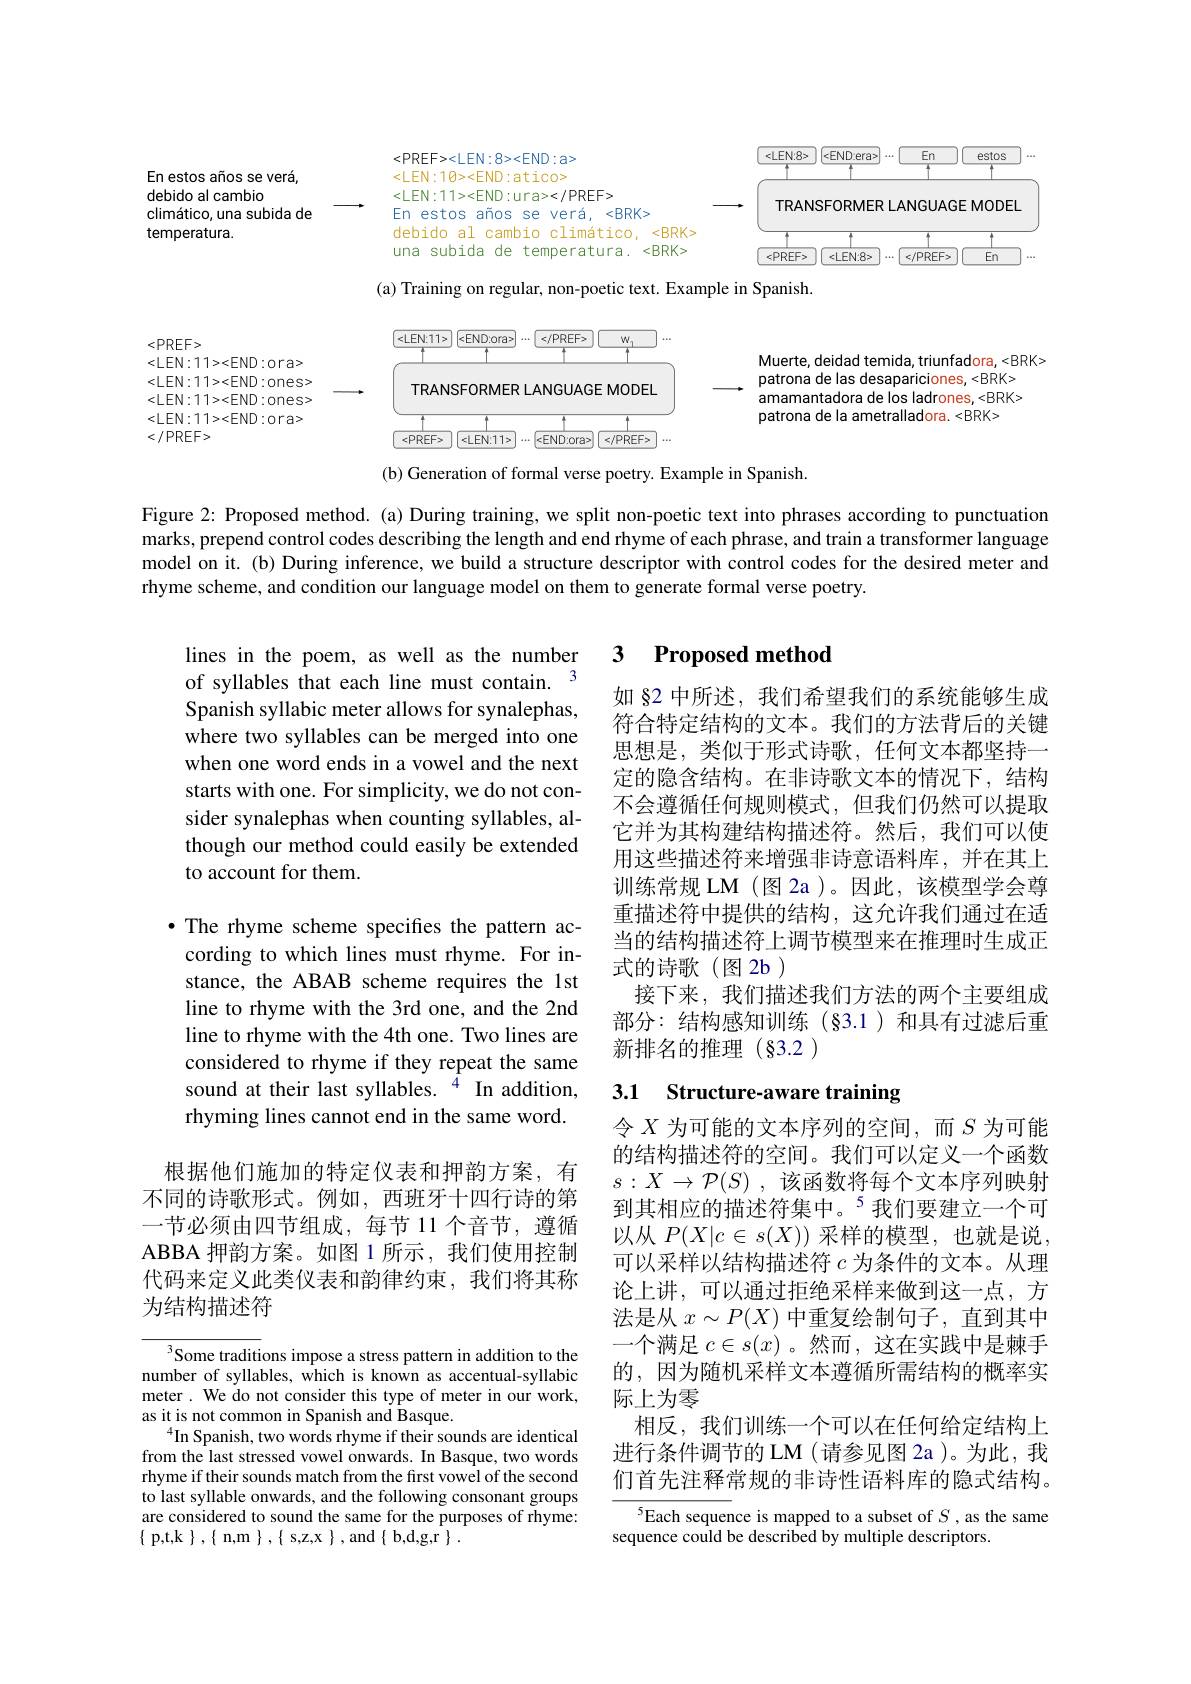
<FigureHere>

Figure 2: Proposed method. (a) During training, we split non-poetic text into phrases according to punctuation marks, prepend control codes describing the length and end rhyme of each phrase, and train a transformer language model on it. (b) During inference, we build a structure descriptor with control codes for the desired meter and rhyme scheme, and condition our language model on them to generate formal verse poetry.

## 3 $\textbf{Proposed method}$

lines in the poem, as well as the number of syllables that each line must contain. $^{3}$ Spanish syllabic meter allows for synalephas, where two syllables can be merged into one when one word ends in a vowel and the next starts with one. For simplicity, we do not consider synalephas when counting syllables, although our method could easily be extended to account for them.

如 §2 中所述，我们希望我们的系统能够生成符合特定结构的文本。我们的方法背后的关键思想是，类似于形式诗歌，任何文本都坚持一定的隐含结构。在非诗歌文本的情况下，结构不会遵循任何规则模式，但我们仍然可以提取它并为其构建结构描述符。然后，我们可以使用这些描述符来增强非诗意语料库，并在其上训练常规 LM (图 2a)。因此，该模型学会尊重描述符中提供的结构，这允许我们通过在适当的结构描述符上调节模型来在推理时生成正式的诗歌(图2b)
接下来，我们描述我们方法的两个主要组成部分：结构感知训练(§3.1)和具有过滤后重新排名的推理(§3.2)

$\bullet$ The rhyme scheme specifies the pattern according to which lines must rhyme. For instance, the ABAB scheme requires the 1st line to rhyme with the 3rd one, and the 2nd line to rhyme with the 4th one. Two lines are considered to rhyme if they repeat the same sound at their last syllables. $^{4}$ In addition, rhyming lines cannot end in the same word.

### 3.1 Structure-aware training

根据他们施加的特定仪表和押韵方案，有不同的诗歌形式。例如，西班牙十四行诗的第一节必须由四节组成，每节 11 个音节，遵循ABBA 押韵方案。如图 1 所示，我们使用控制代码来定义此类仪表和韵律约束，我们将其称为结构描述符

令$X$为可能的文本序列的空间，而$S$为可能的结构描述符的空间。我们可以定义一个函数$s:X\to\mathcal{P}(S)$ ,该函数将每个文本序列映射到其相应的描述符集中。$^{5}$我们要建立一个可以从$P(X|c\in s(X))$采样的模型，也就是说， 可以采样以结构描述符$c$为条件的文本。从理论上讲，可以通过拒绝采样来做到这一点，方法是从$x\sim P(X)$中重复绘制句子，直到其中一个满足$c\in s(x)$ 。然而 ,这在实践中是棘手的，因为随机采样文本遵循所需结构的概率实际上为零
相反，我们训练一个可以在任何给定结构上进行条件调节的 LM (请参见图 2a )。为此，我们首先注释常规的非诗性语料库的隐式结构。

${\overline{{Sometraditions~impose~a~stress~pattern~in~addition~to~the}}}$ number of syllables, which is known as accentual-syllabic meter. We do not consider this type of meter in our work, as it is not common in Spanish and Basque.
$^{4}$In Spanish, two words rhyme if their sounds are identical from the last stressed vowel onwards. In Basque, two words rhyme if their sounds match from the first vowel of the second to last syllable onwards, and the following consonant groups are considered to sound the same for the purposes of rhyme: $\{$p,t,k$\},\{$n,m$\},\{$s,z,x$\}$,and$\{$b,d,g,r$\}.$

$^{5}$Each sequence is mapped to a subset of $S$, as the same
sequence could be described by multiple descriptors.